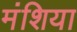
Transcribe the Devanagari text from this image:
मंशिया